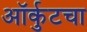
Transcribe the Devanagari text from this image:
ऑर्कुटचा